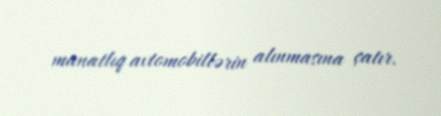
manatlıq avtomobillərin alınmasına çatır.